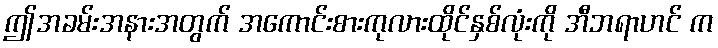
ဤအခမ်းအနားအတွက် အကောင်းစားကုလားထိုင်နှစ်လုံးကို အီဘရာဟင် က